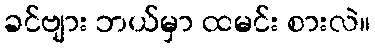
ခင်ဗျား ဘယ်မှာ ထမင်း စားလဲ။